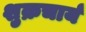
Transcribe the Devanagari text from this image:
शुक्रचार्य